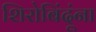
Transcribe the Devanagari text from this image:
शिरोबिंदूंना